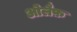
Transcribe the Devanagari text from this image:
ओलैफ़